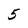
Character: 5